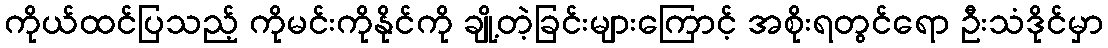
ကိုယ်ထင်ပြသည့် ကိုမင်းကိုနိုင်ကို ချို့တဲ့ခြင်းများကြောင့် အစိုးရတွင်ရော ဦးသံဒိုင်မှာ